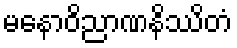
မနောဝိညာဏနိဿိတံ